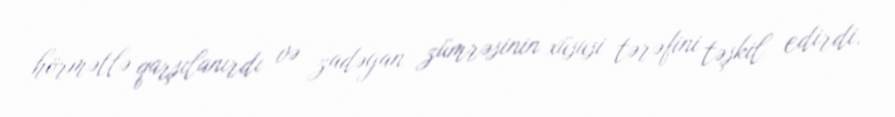
hörmətlə qarşılanırdı və zadəgan zümrəsinin xüsusi tərəfini təşkil edirdi.